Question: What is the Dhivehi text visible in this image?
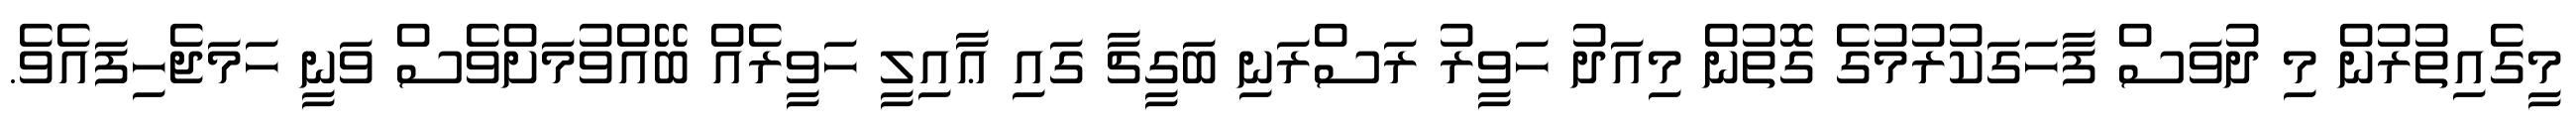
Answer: މީގެއިތުރުން މި ދުވަސް ފާހަގަކުރުމުގެ ގޮތުން މިއަދު ހަވީރު ރަސްރަނި ބަގީޗާ ގައި ޢާއިލީ ހަވީރެއް ބޭއްވުމަށްވެސް ވަނީ ހަމަޖެހިފައެވެ.